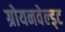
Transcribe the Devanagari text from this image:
ग्रोयनवेल्ड्ट